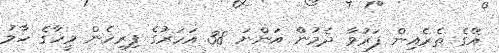
އޭގެ ތެރެއިން ފަރުވާ ދެމުންް އަންނަ 38 އަހަރުގެ ފިރިހެން މީހާގެ ހާލު